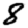
Digit: 8